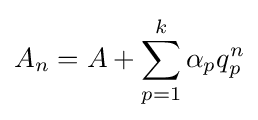
A_{n}=A+\sum _{p=1}^{k}\alpha _{p}q_{p}^{n}